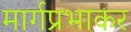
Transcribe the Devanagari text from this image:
मार्गप्रभाकर